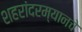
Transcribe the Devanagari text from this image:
शहरांदरम्यानचे